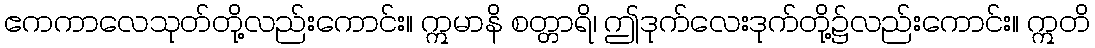
ဧကကာလေသုတ်တို့လည်းကောင်း။ ဣမာနိ စတ္တာရိ၊ ဤဒုက်လေးဒုက်တို့၌လည်းကောင်း။ ဣတိ